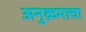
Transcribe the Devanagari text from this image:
अनुक्रमाचा